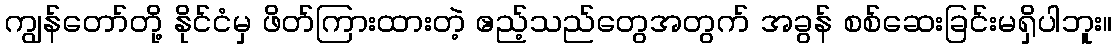
ကျွန်တော်တို့ နိုင်ငံမှ ဖိတ်ကြားထားတဲ့ ဧည့်သည်တွေအတွက် အခွန် စစ်ဆေးခြင်းမရှိပါဘူး။